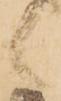
候